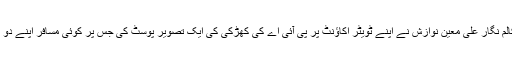
تاہم معروف صحافی و کالم نگار علی معین نوازش نے اپنے ٹویٹر اکاؤنٹ پر پی آئی اے کی کھڑکی کی ایک تصویر پوسٹ کی جس پر کوئی مسافر اپنے دو نمبر لکھ کر چلا گیا تھا۔